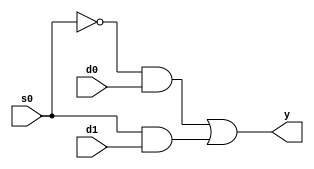
// Code your design here
module mux2_1(
  input d0,d1,s0,  //2input and 1 select line
  output y);
  wire x,a,b;   //select line invert and and gate output
  not (x,s0);
  and (a,x,d0);
  and (b,s0,d1);
  or (y,a,b);
endmodule